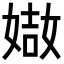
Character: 𡟌